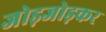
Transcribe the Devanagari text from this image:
जोड़जोड़कर